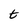
Character: t